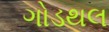
ગોડથલ